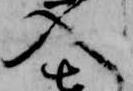
入